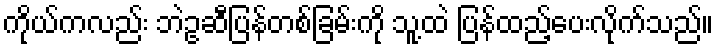
ကိုယ်ကလည်း ဘဲဥဆီပြန်တစ်ခြမ်းကို သူ့ထဲ ပြန်ထည့်ပေးလိုက်သည်။